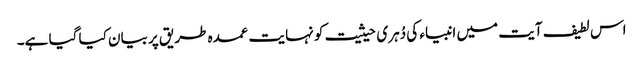
اس لطیف آیت میں انبیاء کی دُہری حیثیت کو نہایت عمدہ طریق پر بیان کیا گیا ہے۔